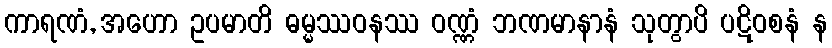
ကာရဏံ, အဟော ဥပမာတိ ဓမ္မဿဝနဿ ဝဏ္ဏံ ဘဏမာနာနံ သုတွာပိ ပဋိဝစနံ န